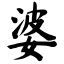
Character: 婆